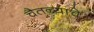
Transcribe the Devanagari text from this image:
चैतन्याचे